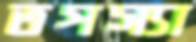
তপস্যা